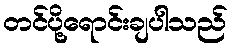
တင်ပို့ရောင်းချပါသည်